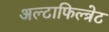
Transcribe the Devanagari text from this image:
अल्टाफिल्त्रेट